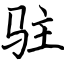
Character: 驻